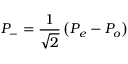
P _ { - } = \frac { 1 } { \sqrt { 2 } } \left( P _ { e } - P _ { o } \right)